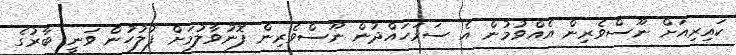
ކައިރިއަށް ނޫސްވެރިން އެއްވުމުން އެ ސަރަހައްދުން ނޫސްވެރިން ފޮނުވާލުމަށް ފުލުހުން ވަނީ ބާރުގެ